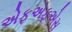
એફએફએસ